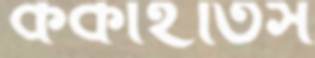
ককাইতিস